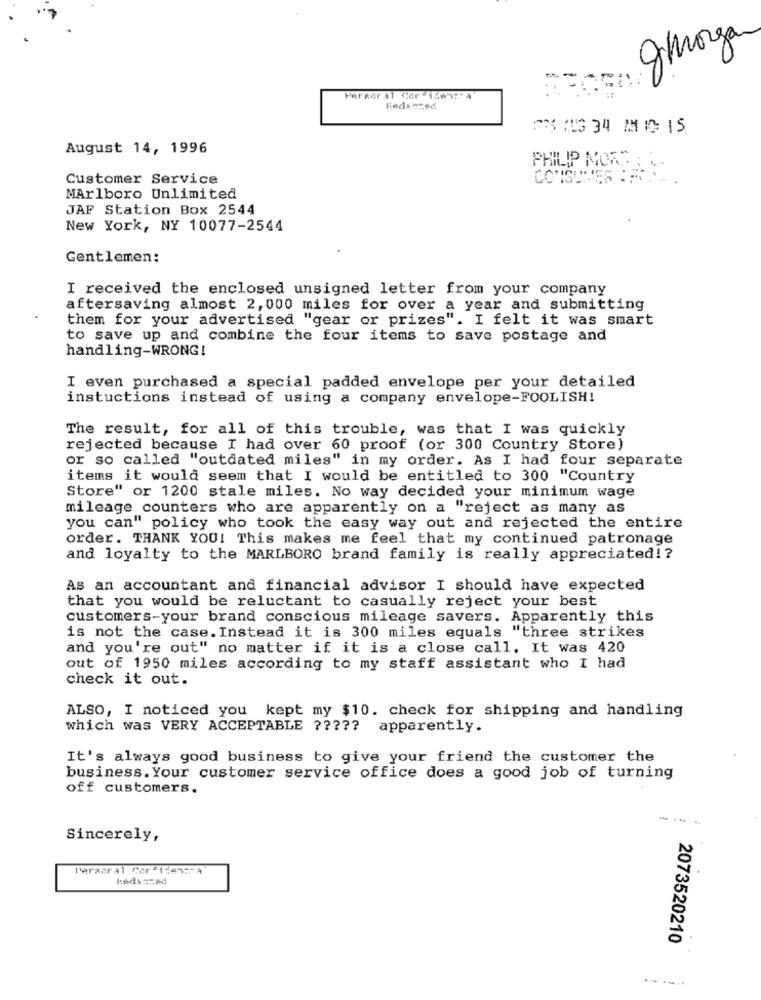
gmorga
- -
Pergoral Cor -150:' A
August 14, 1996
PHILIP NOR ..
--
Customer Service
MArlboro Unlimited
JAF Station Box 2544
New York, NY 10077-2544
Gentlemen:
I received the enclosed unsigned letter from your company
aftersaving almost 2,000 miles for over a year and submitting
them for your advertised "gear or prizes". I felt it was smart
to save up and combine the four items to save postage and
handling-WRONG!
I even purchased a special padded envelope per your detailed
instuctions instead of using a company envelope-FOOLISH!
The result, for all of this trouble, was that I was quickly
rejected because I had over 60 proof (or 300 Country Store)
or so called "outdated miles" in my order. As I had four separate
items it would seem that I would be entitled to 300 "Country
Store" or 1200 stale miles. No way decided your minimum wage
mileage counters who are apparently on a "reject as many as
you can" policy who took the easy way out and rejected the entire
order. THANK YOU! This makes me feel that my continued patronage
and loyalty to the MARLBORO brand family is really appreciated !?
As an accountant and financial advisor I should have expected
that you would be reluctant to casually reject your best
customers-your brand conscious mileage savers. Apparently this
is not the case. Instead it is 300 miles equals "three strikes
and you're out" no matter if it is a close call. It was 420
out of 1950 miles according to my staff assistant who I had
check it out.
ALSO, I noticed you kept my $10. check for shipping and handling
which was VERY ACCEPTABLE ????? apparently.
It's always good business to give your friend the customer the
business. Your customer service office does a good job of turning
off customers.
Sincerely,
Peracral Cor-11en:" a
2073520210